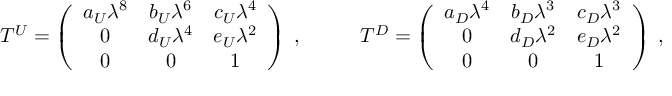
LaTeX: T ^ { U } = \left( \begin{array} { c c c } { { a _ { U } \lambda ^ { 8 } } } & { { b _ { U } \lambda ^ { 6 } } } & { { c _ { U } \lambda ^ { 4 } } } \\ { { 0 } } & { { d _ { U } \lambda ^ { 4 } } } & { { e _ { U } \lambda ^ { 2 } } } \\ { { 0 } } & { { 0 } } & { { 1 } } \end{array} \right) \; , \; \; \; \; \; \; \; \; \; \; T ^ { D } = \left( \begin{array} { c c c } { { a _ { D } \lambda ^ { 4 } } } & { { b _ { D } \lambda ^ { 3 } } } & { { c _ { D } \lambda ^ { 3 } } } \\ { { 0 } } & { { d _ { D } \lambda ^ { 2 } } } & { { e _ { D } \lambda ^ { 2 } } } \\ { { 0 } } & { { 0 } } & { { 1 } } \end{array} \right) \; ,